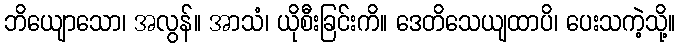
ဘိယျောသော၊ အလွန်။ အာသံ၊ ယိုစီးခြင်းကိ။ ဒေတိသေယျထာပိ၊ ပေးသကဲ့သို့။